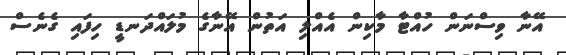
އޭނާ ވިސްނަން ހުއްޓާ މާކިން އެއްލި އަތުން އޭނާގެ މުލައްދަނޑީ ހިފައި ގެނެސް